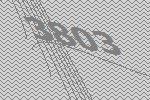
3803